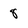
Character: 8